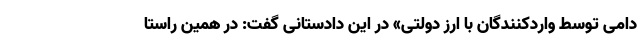
دامی توسط واردکنندگان با ارز دولتی» در این دادستانی گفت: در همین راستا